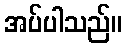
အပ်ပါသည်။